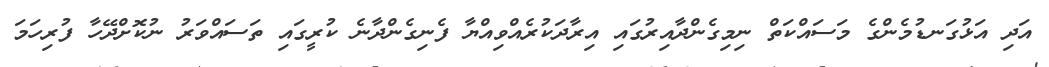
އަދި އަޅުގަނޑުމެންގެ މަސައްކަތް ނިމިގެންދާއިރުގައި އިރާދަކުރެއްވިއްޔާ ފެނިގެންދާނެ ކުރީގައި ތަަސައްވަރު ނުކޮށްދޭހާ ފުރިހަމަ